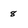
Character: 8